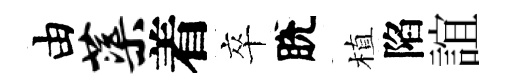
由蕖着卒脫植陷誼